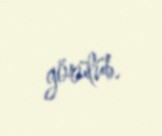
görülüb.